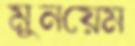
মুনয়েম